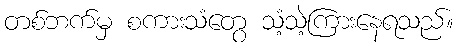
တစ်ဘက်မှ စကားသံတွေ သံ့သဲ့ကြားနေရသည်။